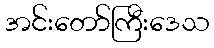
အင်းတော်ကြီးဒေသ